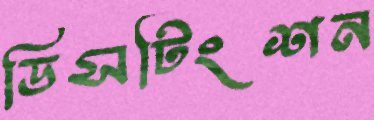
ডিসটিংশন